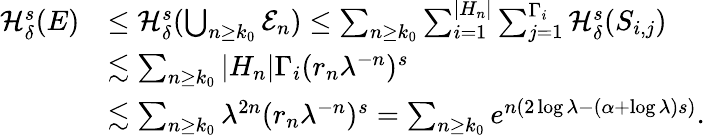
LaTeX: \begin{array}{rl}{\mathcal{H}_{\delta}^{s}(E)}&{\le\mathcal{H}_{\delta}^{s}(\bigcup_{n\ge k_{0}}\mathcal E_{n})\le\sum_{n\ge k_{0}}\sum_{i=1}^{|H_{n}|}\sum_{j=1}^{\Gamma_{i}}\mathcal{H}_{\delta}^{s}(S_{i,j})}\\ &{\lesssim\sum_{n\ge k_{0}}|H_{n}|\Gamma_{i}(r_{n}\lambda^{-n})^{s}}\\ &{\lesssim\sum_{n\ge k_{0}}\lambda^{2n}(r_{n}\lambda^{-n})^{s}=\sum_{n\ge k_{0}}e^{n(2\log\lambda-(\alpha+\log\lambda)s)}.}\end{array}